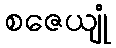
စဇေယျုံ